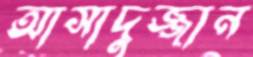
আসাদুজ্জান